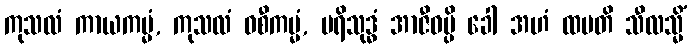
ကုသလံ ကာယကမ္မံ, ကုသလံ ဝစီကမ္မံ, ပရိသုဒ္ဓံ အာဇီဝမ္ပိ ခေါ အဟံ ထပတိ သီလသ္မိံ